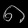
Digit: ၈